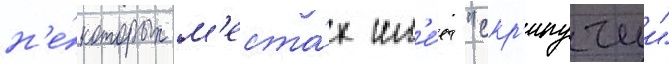
н'е́которых м'еста́х им'е́ет "скр'ипучии"